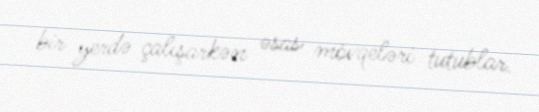
bir yerdə çalışarkən əsas mövqeləri tutublar.